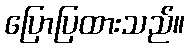
ပြောပြထားသည်။